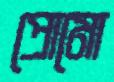
প্রোমো